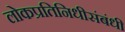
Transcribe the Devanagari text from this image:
लोकप्रतिनिधीसंबंधी